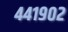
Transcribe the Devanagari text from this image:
४४१९०२